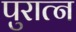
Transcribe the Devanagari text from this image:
पुरात्न